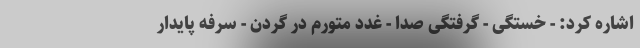
اشاره کرد: - خستگی - گرفتگی صدا - غدد متورم در گردن - سرفه پایدار